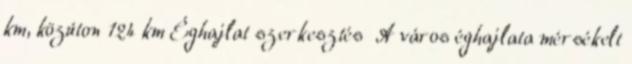
km, közúton 124 km Éghajlat szerkesztés A város éghajlata mérsékelt